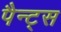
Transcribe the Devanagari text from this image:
पैन्ट्स